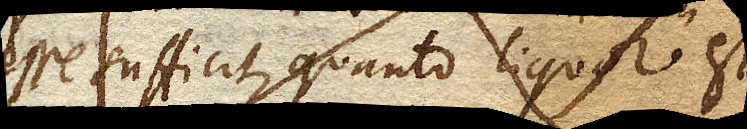
esse sufficit, quanto liquor est